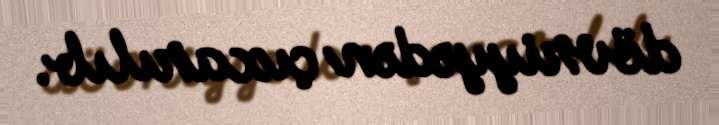
dövriyyədən çıxarılıb.